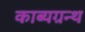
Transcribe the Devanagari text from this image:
काब्यग्रन्थ